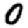
Digit: 0